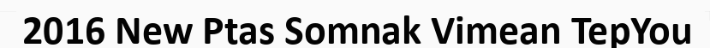
2016 New Ptas Somnak Vimean TepYou